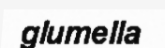
glumella